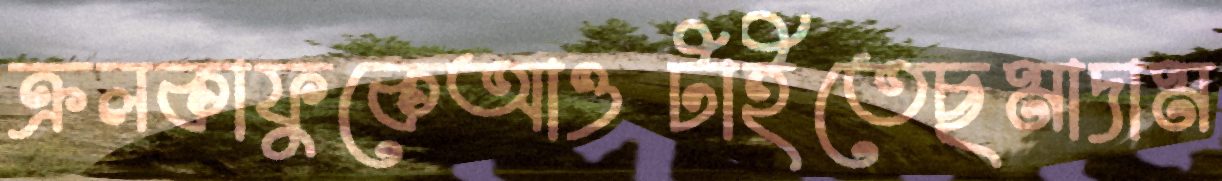
ক্রলকাফুকেআওটাইতেছমাদাম